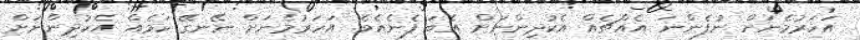
އަހަރުމެނަށް ނުފެންނަ އެއްޗެއް އެކުދިންނަށް އެބަ ފެނެއެވެ. އަހަރުމެނަށް ނޭނގޭ ކަމެއް އެކުދިންނަށް